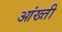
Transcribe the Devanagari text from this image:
आंख्ती